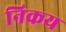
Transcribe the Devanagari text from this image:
निकय